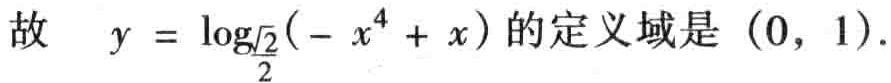
故 \(y = \log_{\frac{\sqrt{2}}{2}}(-x^{4}+x)\)的定义域是\((0, 1)\).